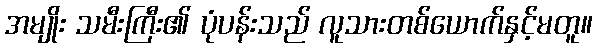
အမျိုး သမီးကြီး၏ ပုံပန်းသည် လူသားတစ်ယောက်နှင့်မတူ။